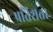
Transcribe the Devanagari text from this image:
प्रतिशता